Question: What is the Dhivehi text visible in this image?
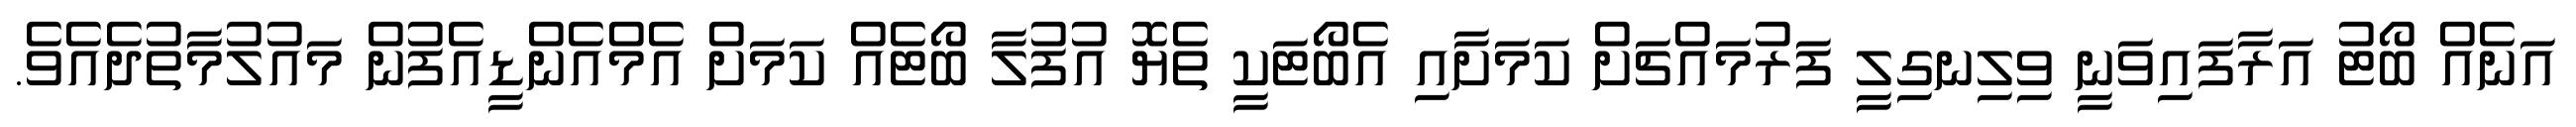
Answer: އަނެއް ބޯޓު އަރާފައިވަނީ ވިލިނގިލީ ފަރުމައްޗަށް ކަމަށާއި އެބޯޓަކީ ތެޔޮ އުފުލާ ބޯޓެއް ކަމަށް އެމްއެންޑީއެފުން މައުލުމާތުދެއެވެ.